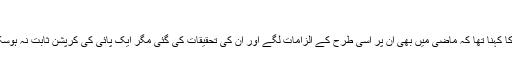
’
ان کا کہنا تھا کہ ماضی میں بھی ان پر اسی طرح کے الزامات لگے اور ان کی تحقیقات کی گئی مگر ایک پائی کی کرپشن ثابت نہ ہوسکی۔